Report of the Indian Hemp Drugs Commission, 1894-1895 - Volume IV
Year: 1894
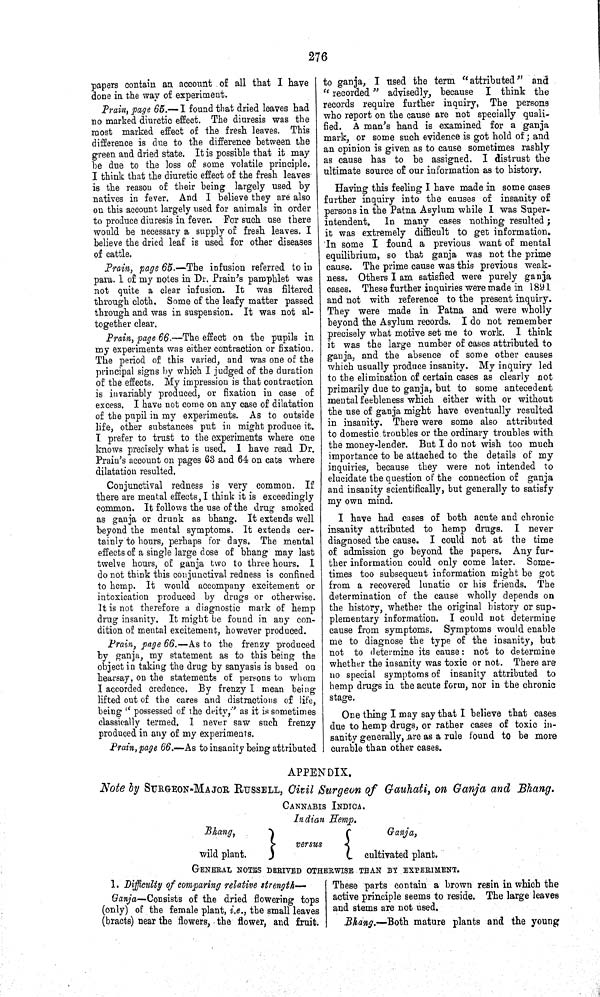
276
papers contain an account of all that I have
done in the way of experiment.
Prain, page 65.—I found that dried leaves had
no marked diuretic effect. The diuresis was the
most marked effect of the fresh leaves. This
difference is due to the difference between the
green and dried state. It is possible that it may
be due to the loss of some volatile principle.
I think that the diuretic effect of the fresh leaves
is the reason of their being largely used by
natives in fever. And I believe they are also
on this account largely used for animals in order
to produce diuresis in fever. For such use there
would be necessary a supply of fresh leaves. I
believe the dried leaf is used for other diseases
of cattle.
Prain, page 65.—The infusion referred to in
para. 1 of my notes in Dr. Prain's pamphlet was
not quite a clear infusion. It was filtered
through cloth. Some of the leafy matter passed
through and was in suspension. It was not al-
together clear.
Prain, page 66.—The effect on the pupils in
my experiments was either contraction or fixation.
The period of this varied, and was one of the
principal signs by which I judged of the duration
of the effects. My impression is that contraction
is invariably produced, or fixation in case of
excess. I have not come on any case of dilatation
of the pupil in my experiments. As to outside
life, other substances put in might produce it.
I prefer to trust to the experiments where one
knows precisely what is used. I have read Dr.
Prain's account on pages 63 and 64 on cats where
dilatation resulted.
Conjunctival redness is very common. If
there are mental effects, I think it is exceedingly
common. It follows the use of the drug smoked
as ganja or drunk as bhang. It extends well
beyond the mental symptoms. It extends cer-
tainly to hours, perhaps for days. The mental
effects of a single large dose of bhang may last
twelve hours, of ganja two to three hours. I
do not think this conjunctival redness is confined
to hemp. It would accompany excitement or
intoxication produced by drugs or otherwise.
It is not therefore a diagnostic mark of hemp
drug insanity. It might be found in any con-
dition of mental excitement, however produced.
Prain, page 66.—As to the frenzy produced
by ganja, my statement as to this being the
object in taking the drug by sanyasis is based on
hearsay, on the statements of persons to whom
I accorded credence. By frenzy I mean being
lifted out of the cares and distractions of life,
being "possessed of the deity," as it is sometimes
classically termed. I never saw such frenzy
produced in any of my experiments.
Prain, page 66.—As to insanity being attributed
to ganja, I used the term "attributed" and
"recorded"
advisedly, because I think the
records require further inquiry, The persons
who report on the cause are not specially quali-
fied. A man's hand is examined for a ganja
mark, or some such evidence is got hold of; and
an opinion is given as to cause sometimes rashly
as cause has to be assigned. I distrust the
ultimate source of our information as to history.
Having this feeling I have made in some cases
further inquiry into the causes of insanity of
persons in the Patna Asylum while I was Super-
intendent.
In many cases nothing resulted;
it was extremely difficult to get information.
In some I found a previous want of mental
equilibrium, so that ganja was not the prime
cause. The prime cause was this previous weak-
ness. Others I am satisfied were purely ganja
cases. These further inquiries were made in 1891
and not with reference to the present inquiry.
They were made in Patna and were wholly
beyond the Asylum records. I do not remember
precisely what motive set me to work. I think
it was the large number of cases attributed to
ganja, and the absence of some other causes
which usually produce insanity. My inquiry led
to the elimination of certain cases as clearly not
primarily due to ganja, but to some antecedent
mental feebleness which either with or without
the use of ganja might have eventually resulted
in insanity. There were some also attributed
to domestic troubles or the ordinary troubles with
the money-lender. But I do not wish too much
importance to be attached to the details of my
inquiries, because they were not intended to
elucidate the question of the connection of ganja
and insanity scientifically, but generally to satisfy
my own mind.
I have had cases of both acute and chronic
insanity attributed to hemp drugs. I never
diagnosed the cause. I could not at the time
of admission go beyond the papers. Any fur-
ther information could only come later. Some-
times too subsequent information might be got
from a recovered lunatic or his friends. The
determination of the cause wholly depends on
the history, whether the original history or sup-
plementary information. I could not determine
cause from symptoms. Symptoms would enable
me to diagnose the type of the insanity, but
not to determine its cause: not to determine
whether the insanity was toxic or not. There are
no special symptoms of insanity attributed to
hemp drugs in the acute form, nor in the chronic
stage.
One thing I may say that I believe that cases
due to hemp drugs, or rather cases of toxic in-
sanity generally, are as a rule found to be more
curable than other cases.
APPENDIX.
Note by SURGEON-MAJOR RUSSELL, Civil Surgeon of Gauhati, on Ganja and Bhang.
CANNABIS INDICA.
Indian Hemp.
Bhang,
versus
Ganja,
wild plant.
versus
cultivated plant.
GENERAL NOTES DERIVED OTHERWISE THAN BY EXPERIMENT.
1. Difficulty of comparing relative strength—
Ganja—Consists of the dried flowering tops
(only) of the female plant, i.e., the small leaves
(bracts) near the flowers, the flower, and fruit.
These parts contain a brown resin in which the
active principle seems to reside. The large leaves
and stems are not used.
Bhang.—Both mature plants and the young